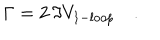
\Gamma = 2 \, \Im V _ { 1 - l o o p } \quad .